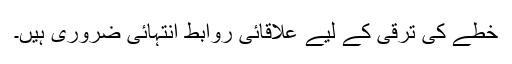
خطے کی ترقی کے لیے علاقائی روابط انتہائی ضروری ہیں۔